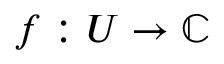
f : U \to \mathbb { C }